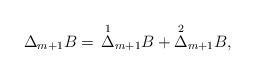
LaTeX: \begin{align*} \Delta_{m+1}B=\,\overset{1}{\Delta}_{m+1}B+\overset{2}{\Delta}_{m+1}B,\end{align*}